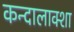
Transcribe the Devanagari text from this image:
कन्दालाक्शा